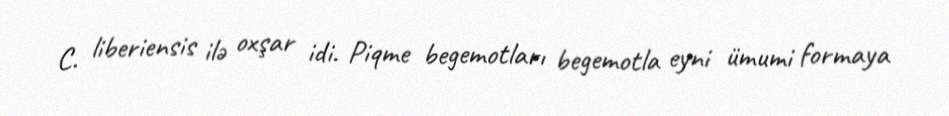
C. liberiensis ilə oxşar idi. Piqme begemotları begemotla eyni ümumi formaya